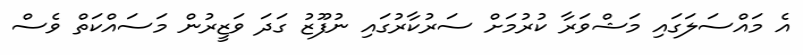
އެ މައްސަލަގައި މަޝްވަރާ ކުރުމަށް ސަރުކާރުގައި ނުފޫޒު ގަދަ ވަޒީރުން މަސައްކަތް ވެސް